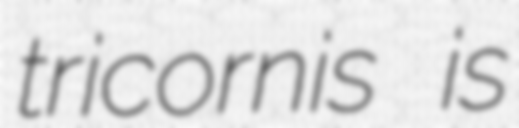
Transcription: tricornis is